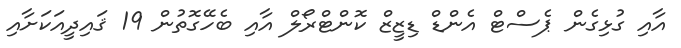
އާއި ގުޅިގެން ޕެސްޓް އެންޑް ޑިޒީޒް ކޮންޓްރޯލް އާއި ބެހޭގޮތުން 19 ޤައިދީއަކަށާއި